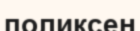
поликсен